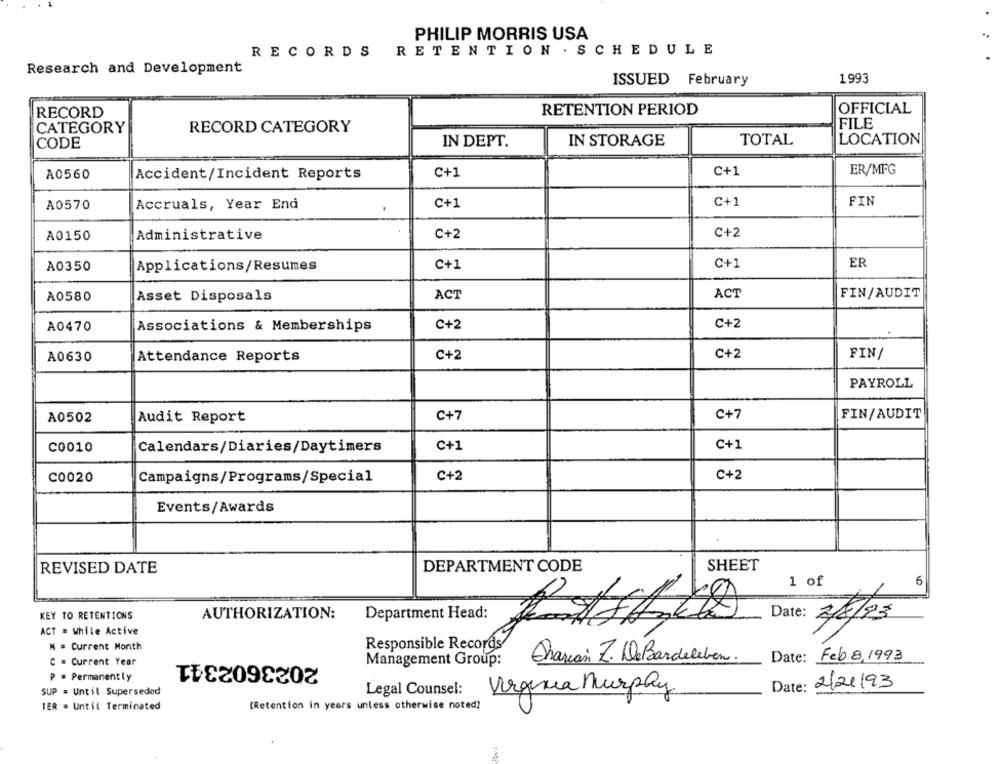
PHILIP MORRIS USA
RECORDS
RETENTION . SCHEDULE
Research and Development
ISSUED February
1993
RECORD
RETENTION PERIOD
OFFICIAL
CATEGORY
RECORD CATEGORY
FILE
CODE
IN DEPT.
IN STORAGE
TOTAL
LOCATION
A0560
Accident/Incident Reports
C+1
C+1
ER/MFG
A0570
Accruals, Year End
C+1
C+1
FIN
A0150
Administrative
C+2
C+2
A0350
Applications/Resumes
C+1
C+1
ER
A0580
Asset Disposals
ACT
ACT
FIN/AUDIT
A0470
Associations & Memberships
C+2
C+2
A0630
Attendance Reports
C+2
C+2
FIN/
PAYROLL
A0502
Audit Report
C+7
C+7
FIN/AUDIT
C0010
Calendars/Diaries/Daytimers
C+1
C+1
C0020
Campaigns/Programs/Special
C+2
C+2
Events/Awards
SHEET
REVISED DATE
DEPARTMENT CODE
1 of
6
KEY TO RETENTIONS
AUTHORIZATION:
Department Head:
Date: 2/8/83
ACT = While Active
N = Current Month
Responsible Records
2023602341
Date: Feb 8,1993
C . Current Year
Management Group:
Charian Z. DeBardeleben.
P = Permanently
Date:
2/21/93
SUP = Until Superseded
Legal Counsel:
Virginia Murphy
TER = Until Terminated
(Retention in years unless otherwise noted?